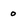
Character: 0